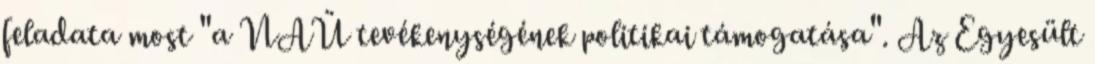
feladata most "a NAÜ tevékenységének politikai támogatása". Az Egyesült